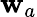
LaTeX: \mathbf{w}_{a}